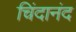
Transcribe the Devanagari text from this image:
चिंदानंद